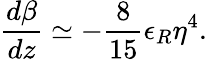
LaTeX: \frac{d\beta}{dz}\simeq-\frac{8}{15}\epsilon_{R}\eta^{4}.